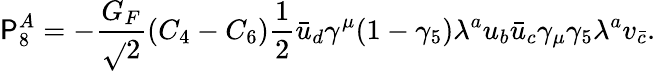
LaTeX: \mathsf{P}_{8}^{A}=-\frac{{G_{F}}}{{\sqrt{}{{2}}}}(C_{4}-C_{6})\frac{{1}}{{2}}\bar{{u}}_{d}\gamma^{\mu}(1-\gamma_{5})\lambda^{a}u_{b}\bar{{u}}_{c}\gamma_{\mu}\gamma_{5}\lambda^{a}v_{\bar{{c}}}.